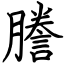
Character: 謄